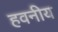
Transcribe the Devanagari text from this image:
हवनीय